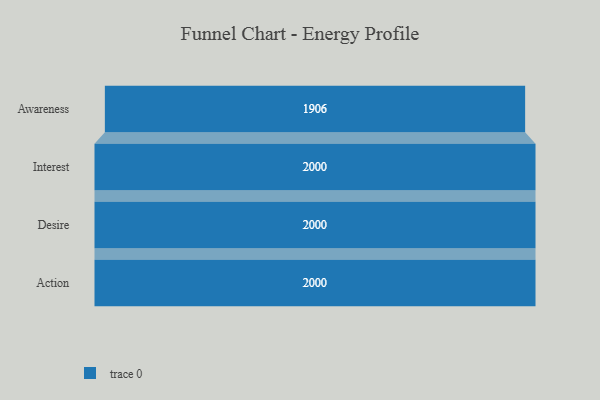
{"axis": {"x": "Stage", "y": "Value"}, "legend": [""], "data": [{"x": "Awareness", "y": 1906.0, "type": ""}, {"x": "Interest", "y": 2000, "type": ""}, {"x": "Desire", "y": 2000, "type": ""}, {"x": "Action", "y": 2000, "type": ""}]}